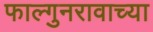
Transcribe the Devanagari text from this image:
फाल्गुनरावाच्या